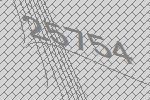
25754